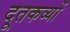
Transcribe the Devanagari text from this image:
दूतकव्यों